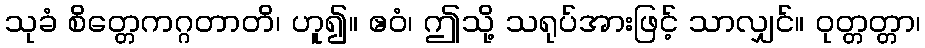
သုခံ စိတ္တေကဂ္ဂတာတိ၊ ဟူ၍။ ဧဝံ၊ ဤသို့ သရုပ်အားဖြင့် သာလျှင်။ ဝုတ္တတ္တာ၊